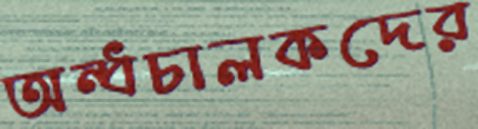
অন্ধচালকদের